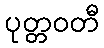
ပုတ္တဝတီ